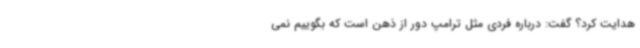
هدایت کرد؟ گفت: درباره فردی مثل ترامپ دور از ذهن است که بگوییم نمی